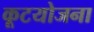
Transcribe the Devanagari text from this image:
कूटयोजना